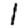
Digit: 1